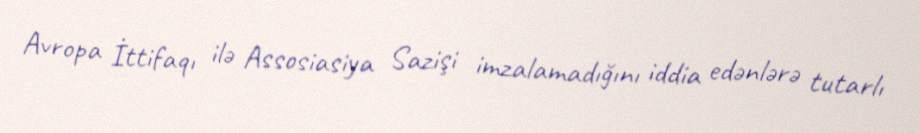
Avropa İttifaqı ilə Assosiasiya Sazişi imzalamadığını iddia edənlərə tutarlı